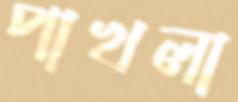
পাখলা